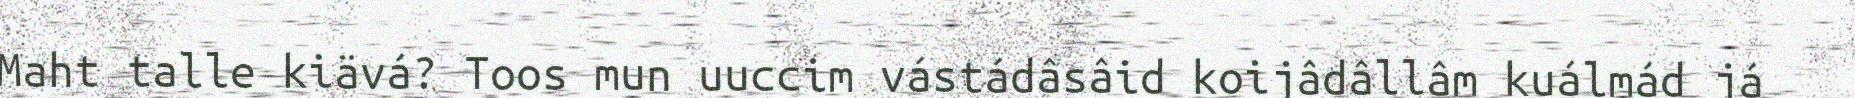
Maht talle kiävá? Toos mun uuccim vástádâsâid koijâdâllâm kuálmád já